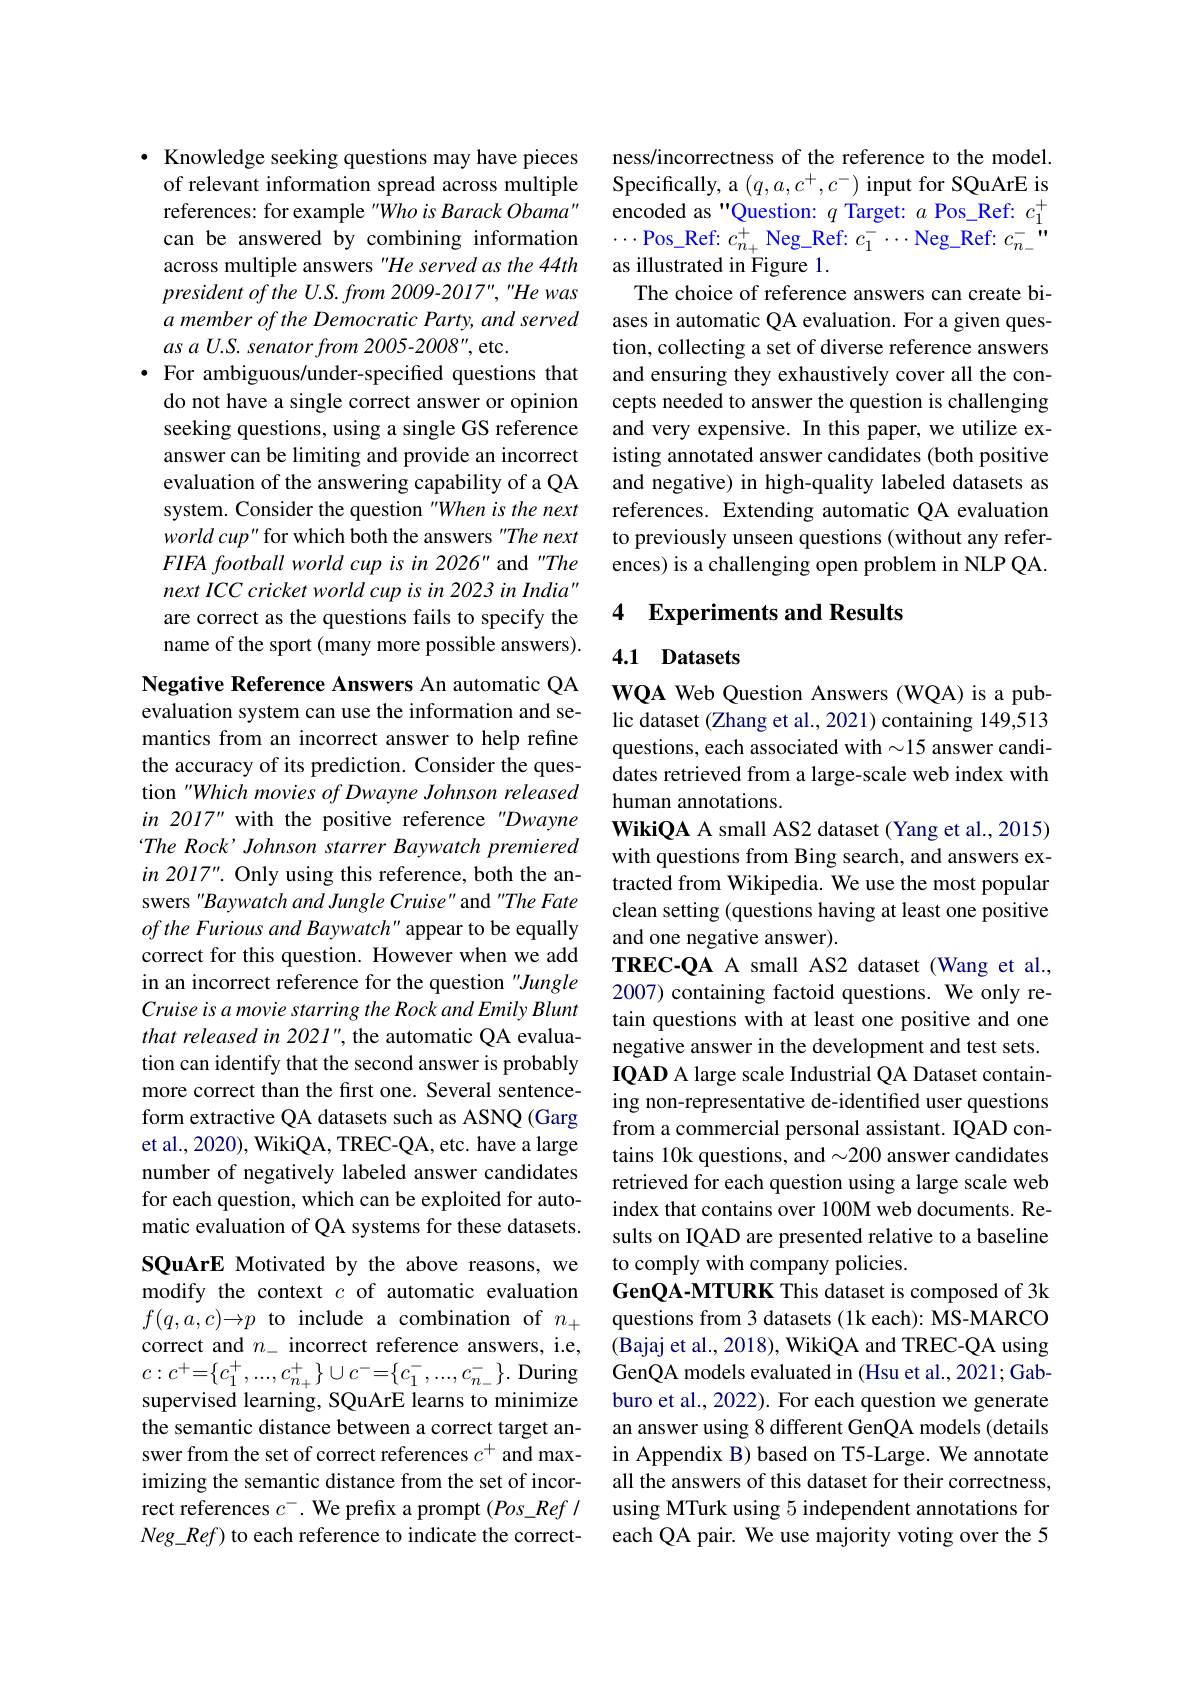
· Knowledge seeking questions may have pieces
of relevant information spread across multiple references: for example "Who is Barack Obama" can be answered by combining information across multiple answers "He served as the 44th $presidentoftheU.S.from2009-2017","Hewas$ a member of the Democratic Party, and served $as$ $a$ $U. S.$ senator from $2005- 2008^{\prime \prime }$,etc.
· For ambiguous/under-specified questions that
do not have a single correct answer or opinion seeking questions, using a single GS reference answer can be limiting and provide an incorrect evaluation of the answering capability of a QA system. Consider the question "When is the next $world~cup"$ for which both the answers "The next FIFA football world cup is in 2026" and "The next ICC cricket world cup is in 2023 in India" are correct as the questions fails to specify the name of the sport (many more possible answers).

Negative Reference Answers An automatic QA evaluation system can use the information and semantics from an incorrect answer to help refine the accuracy of its prediction. Consider the question "Which movies of Dwayne Johnson released in 2017" with the positive reference "Dwayne The Rock' Johnson starrer Baywatch premiered in 2017". Only using this reference, both the answers "Baywatch and Jungle Cruise" and "The Fate of the Furious and Baywatch" appear to be equally correct for this question. However when we add in an incorrect reference for the question "Jungle Cruise is a movie starring the Rock and Emily Blunt that released in 2021", the automatic QA evaluation can identify that the second answer is probably more correct than the first one. Several sentenceform extractive QA datasets such as ASNQ(Garg et al., 2020), WikiQA, TREC-QA, etc. have a large number of negatively labeled answer candidates for each question, which can be exploited for automatic evaluation of QA systems for these datasets. SQuArE Motivated by the above reasons, we modify the context $c$ of automatic evaluation $f(q,a,c){\rightarrow}p$ to include a combination of $n_+$ $c:c^{+}=\{c_{1}^{+},...,c_{n_{+}}^{+}\}\cup c^{-}=\{c_{1}^{-},...,c_{n_{-}}^{-}\}.$ During supervised learning, SQuArE learns to minimize the semantic distance between a correct target answer from the set of correct references $c^+$ and maximizing the semantic distance from the set of incorrect references $c^-.$ We prefix a prompt $(Pos\_Ref/$ $Neg\_Ref) to each reference to indicate the correct-$

ness/incorrectness of the reference to the model. Specifically, a $(q,a,c^+,c^-)$ input for SQuArE is encoded as "Question: $q$ Target: $a$ Pos\_Ref: $c_1^+$ $\cdots$Pos\_Ref: $c_n_+^+$ Neg\_Ref: $c_1^-\cdots$Neg\_Ref: $c_n_-^-$ as illustrated in Figure 1.
The choice of reference answers can create biases in automatic QA evaluation. For a given question, collecting a set of diverse reference answers and ensuring they exhaustively cover all the concepts needed to answer the question is challenging and very expensive. In this paper, we utilize existing annotated answer candidates (both positive and negative) in high-quality labeled datasets as references. Extending automatic QA evaluation to previously unseen questions (without any references) is a challenging open problem in NLP QA.

### 4 Experiments and Results

## 4.1 Datasets

WQA Web Question Answers (WQA) is a public dataset (Zhang et al., 2021) containing 149,513 questions, each associated with $\sim15$ answer candidates retrieved from a large-scale web index with human annotations.
WikiQA A small AS2 dataset (Yang et al., 2015) with questions from Bing search, and answers extracted from Wikipedia. We use the most popular clean setting (questions having at least one positive and one negative answer).
TREC-QA A small AS2 dataset (Wang et al., 2007) containing factoid questions. We only retain questions with at least one positive and one negative answer in the development and test sets. IQAD A large scale Industrial QA Dataset containing non-representative de-identified user questions from a commercial personal assistant. IQAD contains 10k questions, and $\sim200$ answer candidates retrieved for each question using a large scale web index that contains over 100M web documents. Results on IQAD are presented relative to a baseline to comply with company policies.
GenQA-MTURK This dataset is composed of 3k questions from 3 datasets (1k each): MS-MARCO
correct and $n_-$ incorrect reference answers, i.e, (Bajaj et al., 2018), WikiQA and TREC-QA using
GenQA models evaluated in (Hsu et al., 2021; Gabburo et al., 2022). For each question we generate an answer using 8 different GenQA models (details in Appendix B) based on T5-Large. We annotate all the answers of this dataset for their correctness, using MTurk using 5 independent annotations for each QA pair. We use majority voting over the 5